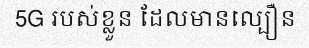
5G របស់ខ្លួន ដែលមានល្បឿន